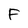
Character: F